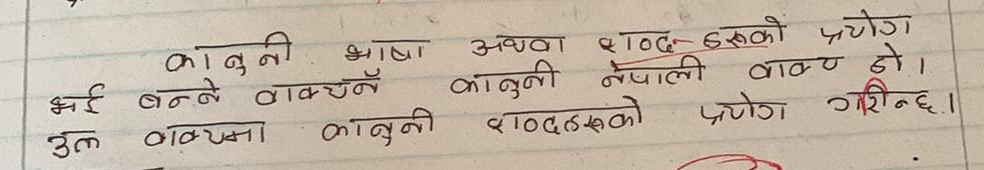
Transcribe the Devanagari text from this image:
कानूनी भाषा अथवा शब्द-हरूको प्रयोग
भई बन्ने वाक्यन कानूनी नेपाली वाक्य हो ।
उल वाक्यमा कानूनी शब्दहरूको प्रयोग गरिन्छ ।